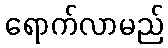
ရောက်လာမည်